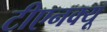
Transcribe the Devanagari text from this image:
टीएनक्यू